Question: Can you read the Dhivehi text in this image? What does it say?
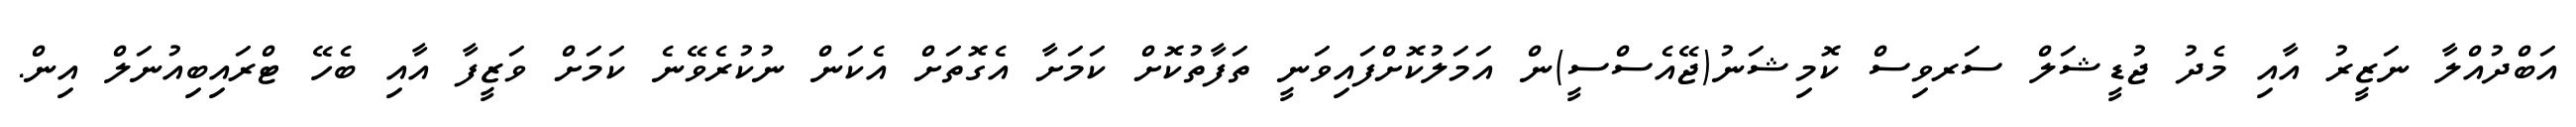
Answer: އަބްދުއްލާ ނަޒީރު އާއި މެދު ޖުޑީޝަލް ސަރވިސް ކޮމިޝަނު(ޖޭއެސްސީ)ން އަމަލުކޮށްފައިވަނީ ތަފާތުކޮށް ކަމަށާ އެގޮތަށް އެކަން ނުކުރެވޭނެ ކަމަށް ވަޒީފާ އާއި ބެހޭ ޓްރައިބިއުނަލް އިން.